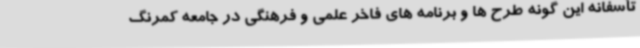
تأسفانه این گونه طرح ها و برنامه های فاخر علمی و فرهنگی در جامعه کمرنگ